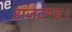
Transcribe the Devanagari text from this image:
राजदण्ड।